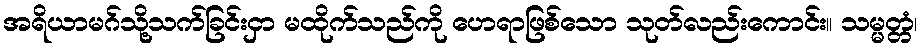
အရိယာမဂ်သို့သက်ခြင်းငှာ မထိုက်သည်ကို ဟေရာဖြစ်သော သုတ်လည်းကောင်း။ သမ္မတ္တံ၊